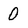
Character: 0